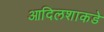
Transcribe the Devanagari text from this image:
आदिलशाकडे